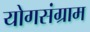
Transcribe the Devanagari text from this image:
योगसंग्राम